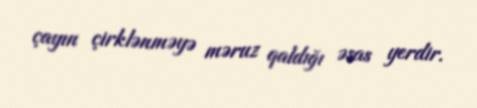
çayın çirklənməyə məruz qaldığı əsas yerdir.